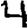
Digit: 4